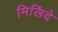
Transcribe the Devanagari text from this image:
मिलिंदे